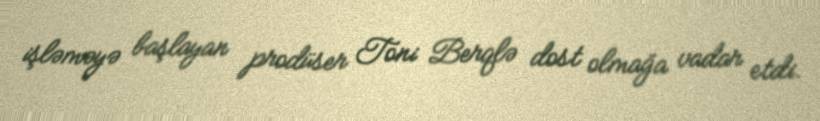
işləməyə başlayan prodüser Toni Berqlə dost olmağa vadar etdi.